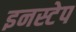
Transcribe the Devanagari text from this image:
इनस्टेप